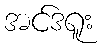
အင်ဒရူး